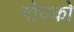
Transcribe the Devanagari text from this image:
गोयको